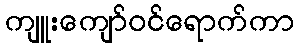
ကျူးကျော်ဝင်ရောက်ကာ